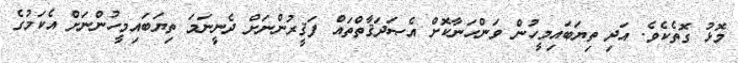
މޮޅު ގޮތެކެވެ. އަދި ތިޔަބައިމީހުން ވަންހަނާކޮށް އެޞަދަޤާތްތައް ފަޤީރުންނަށް ދެނީނަމަ ތިޔަބައިމީހުންނަށް އެކަމުގެ